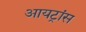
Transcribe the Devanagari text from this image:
आयट्रांस